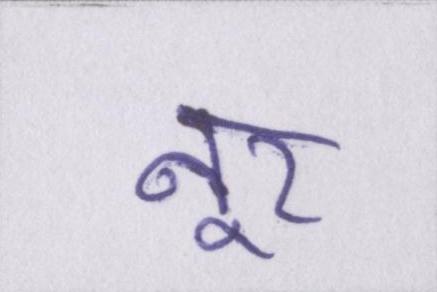
नूर